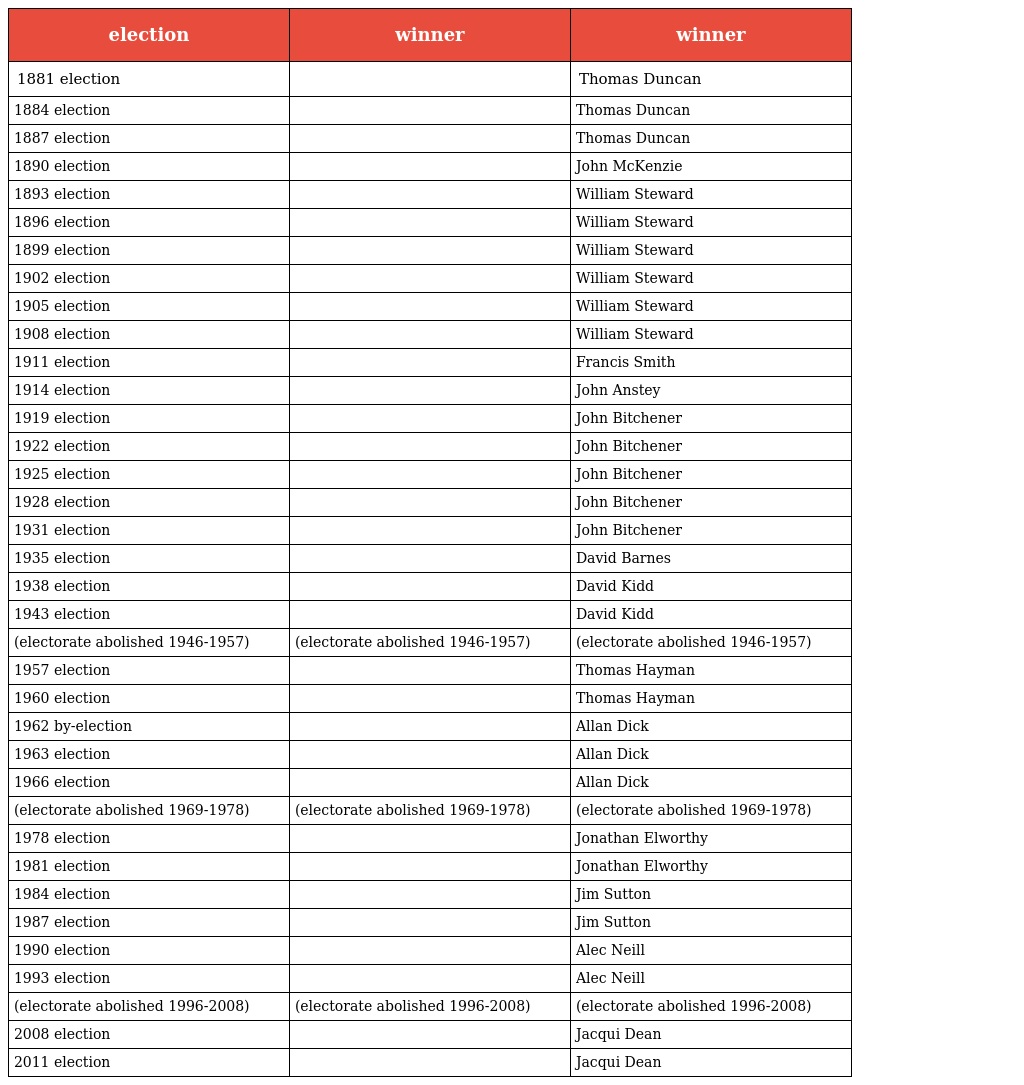
| election | winner | winner |
 | --- | --- | --- |
 | 1881 election |  | Thomas Duncan |
 | 1884 election |  | Thomas Duncan |
 | 1887 election |  | Thomas Duncan |
 | 1890 election |  | John McKenzie |
 | 1893 election |  | William Steward |
 | 1896 election |  | William Steward |
 | 1899 election |  | William Steward |
 | 1902 election |  | William Steward |
 | 1905 election |  | William Steward |
 | 1908 election |  | William Steward |
 | 1911 election |  | Francis Smith |
 | 1914 election |  | John Anstey |
 | 1919 election |  | John Bitchener |
 | 1922 election |  | John Bitchener |
 | 1925 election |  | John Bitchener |
 | 1928 election |  | John Bitchener |
 | 1931 election |  | John Bitchener |
 | 1935 election |  | David Barnes |
 | 1938 election |  | David Kidd |
 | 1943 election |  | David Kidd |
 | (electorate abolished 1946-1957) | (electorate abolished 1946-1957) | (electorate abolished 1946-1957) |
 | 1957 election |  | Thomas Hayman |
 | 1960 election |  | Thomas Hayman |
 | 1962 by-election |  | Allan Dick |
 | 1963 election |  | Allan Dick |
 | 1966 election |  | Allan Dick |
 | (electorate abolished 1969-1978) | (electorate abolished 1969-1978) | (electorate abolished 1969-1978) |
 | 1978 election |  | Jonathan Elworthy |
 | 1981 election |  | Jonathan Elworthy |
 | 1984 election |  | Jim Sutton |
 | 1987 election |  | Jim Sutton |
 | 1990 election |  | Alec Neill |
 | 1993 election |  | Alec Neill |
 | (electorate abolished 1996-2008) | (electorate abolished 1996-2008) | (electorate abolished 1996-2008) |
 | 2008 election |  | Jacqui Dean |
 | 2011 election |  | Jacqui Dean |